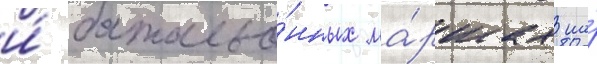
и́ батальо́нных ма́ршах на́